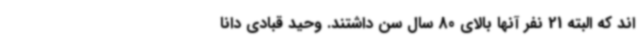
اند که البته 21 نفر آنها بالای 80 سال سن داشتند. وحید قبادی دانا